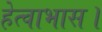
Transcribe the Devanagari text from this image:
हेत्वाभास।